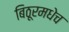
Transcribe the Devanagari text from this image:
बिठूरमधेच